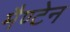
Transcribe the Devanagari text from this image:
मैण्टेन